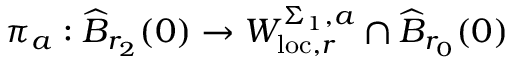
\pi _ { a } : \widehat { B } _ { r _ { 2 } } ( 0 ) \to W _ { \mathrm { l o c } , r } ^ { \Sigma _ { 1 } , a } \cap \widehat { B } _ { r _ { 0 } } ( 0 )